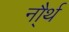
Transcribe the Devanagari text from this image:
नौ्र्थ